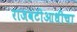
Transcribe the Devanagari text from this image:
राजवटीआधीचा